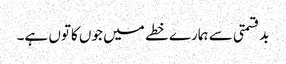
بدقسمتی سے ہمارے خطے میں جوں کاتوں ہے۔